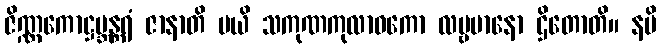
ဇိဏ္ဏကောဋ္ဌဗ္ဘန္တရံ ဇာနာတိ မယိ သကုဏကုလာဝကော လမ္ဗမာနော ဌိတောတိ။ နပိ